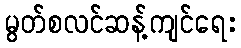
မွတ်စလင်ဆန့်ကျင်ရေး